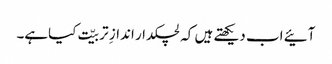
آئیے اب دیکھتے ہیں کہ لچکدار اندازِ تربیّت کیاہے۔